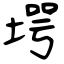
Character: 堮